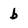
Character: b